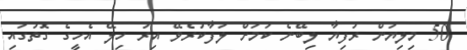
50 މިލިޔަން ރުފިޔާ ލިބޭނެ ކަމަށް ލަފާކުރެވޭ އިރު ހިލޭ އެހީގެ ގޮތުގައި